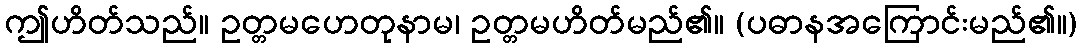
ဤဟိတ်သည်။ ဥတ္တမဟေတုနာမ၊ ဥတ္တမဟိတ်မည်၏။ (ပဓာနအကြောင်းမည်၏။)